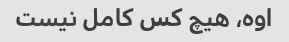
اوه، هیچ کس کامل نیست